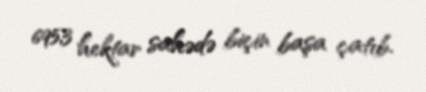
695,3 hektar sahədə biçin başa çatıb.